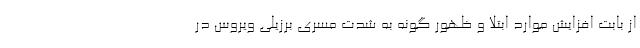
از بابت افزایش موارد ابتلا و ظهور گونه به شدت مسری برزیلی ویروس در